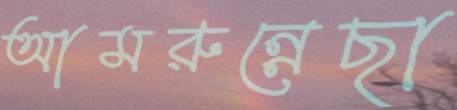
আমরুন্নেছা